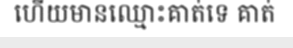
ហើយមានឈ្មោះគាត់ទេ គាត់